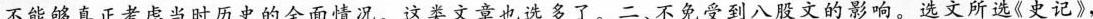
不能够真正考虑当时历史的全面情况。这类文章也选多了。二、不免受到八股文的影响。选文所选《史记》，